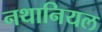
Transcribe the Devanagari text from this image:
नथानियल